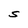
Character: S